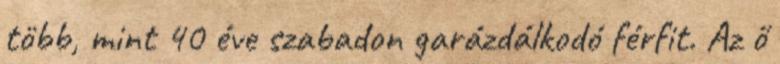
több, mint 40 éve szabadon garázdálkodó férfit. Az ő